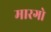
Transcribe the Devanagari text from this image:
मारगो